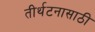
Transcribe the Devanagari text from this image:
तीर्थटनासाठी